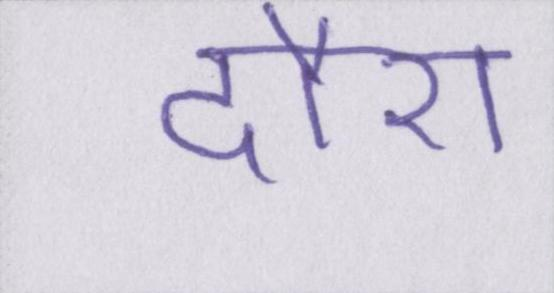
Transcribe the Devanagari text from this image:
दौरा